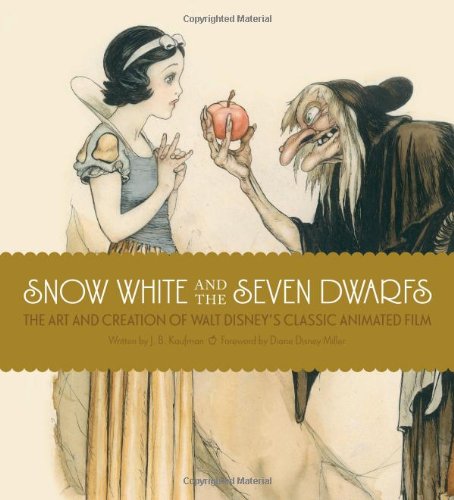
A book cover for Snow White and the Seven Dwarfs: The Art and Creation of Walt Disney's Classic Animated Film; J.B. Kaufman; Humor & Entertainment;